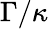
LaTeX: \Gamma/\kappa